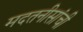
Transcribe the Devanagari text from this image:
मदतनीसांची